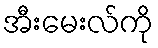
အီးမေးလ်ကို